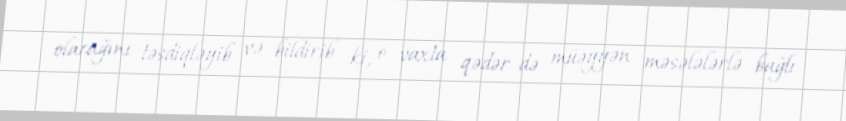
olacağını təsdiqləyib və bildirib ki, o vaxta qədər də müəyyən məsələlərlə bağlı